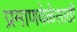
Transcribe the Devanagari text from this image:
प्रमाणवेळेसाठी